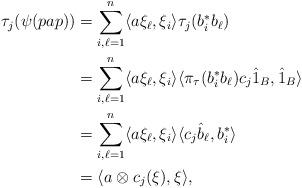
LaTeX: \begin{align*}\tau_j(\psi(pap))&=\sum_{i,\ell=1}^{n}\langle a\xi_\ell, \xi_i\rangle\tau_j(b_i^*b_\ell)\\&=\sum_{i,\ell=1}^{n}\langle a\xi_\ell, \xi_i\rangle\langle\pi_\tau(b_i^*b_\ell)c_j\hat 1_B, \hat 1_B\rangle\\&=\sum_{i,\ell=1}^{n}\langle a\xi_\ell, \xi_i\rangle\langle c_j\hat b_\ell, b_i^*\rangle\\&=\langle a\otimes c_j(\xi),\xi\rangle,\end{align*}